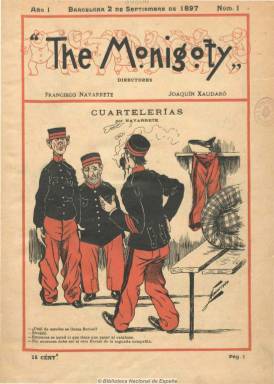
Título: The Monigoty (Barcelona)
Colección: Revistas satíricas y humorísticas
Ámbito geográfico: Barcelona
Lugar de publicación: Barcelona
Fechas: 02/09/1897-09/12/1897

Su título no corresponde a ninguna palabra inglesa, sino que se trata de una traslación caprichosa a este idioma de los términos monigote o mono con los que en el último tercio del siglo diecinueve se tildaron los dibujos que caricaturizaban personajes estereotipados de la sociedad y que iban acompañados con un pie de texto, y que dieron lugar a otros títulos de revistas humorísticas como las madrileñas Los Monigotes (1892) y Monos (1904). Se trata pues de una publicación asimismo humorística, pero considerada como la primera que dedicará sus ocho páginas por entrega (algunas lo fueron de seis páginas), estampadas a dos tintas, íntegramente a ilustraciones: historietas, chistes gráficos, caricaturas y viñetas y, por tanto, sus únicos textos serán los ocurrentes o ingeniosos que aparecen como pie de sus dibujos.

Además, está acreditada también como la revista que consolida en España el subgénero de la historieta gráfica, que ya había introducido el dibujante y pintor José Luis Pellicer (1842-1901) en el periódico El mundo cómico (Madrid: 1872-1876), y, en definitiva, es el antecedente de la también publicación barcelonesa TBO (1912) que dará origen al nuevo término del cómic para designar a este tipo de publicaciones exclusivamente ilustradas, por lo que The Monigoty es el primer tebeo que se publica regularmente en España, tal como ha referido Manuel Barrero en su trabajo publicado en 2011.

Su existencia fue corta, pues los quince números de la colección de la Biblioteca Nacional de España, aparecidos cada jueves entre el dos de septiembre y el nueve de diciembre de 1897 (año previo al Desastre del 98) son con toda probabilidad los únicos publicados. Sale de la barcelonesa Tipolitografía de Luis Tasso, siendo su administrador Rafael Vanrell. Sus directores son los dibujantes y caricaturistas Joaquín Xaudaró Echauz (1872-1933) y Francisco Navarrete Sierra. De este se sabe que colaboró en otras publicaciones y que había sido director artístico de la revista Pan y toros (Madrid: 1896-1897), y el primero, que usará el seudónimo Oraduax, se convertirá hasta su fallecimiento en el autor del chiste diario del periódico madrileño Abc (1903).

Uno y otro serán prácticamente los únicos autores de las ilustraciones que aparecen en la revista, a excepción de algún dibujo que aparece bajo la firma K.+ y Truch y los insertados en la sección Caricatura extranjera, que proceden de publicaciones de su mismo carácter, como la parisina Le Rire (1894) y la londinense Pick-me-up. Tiene otras secciones, como Caricaturas contemporáneas (de escritores, actores y políticos); Cuartelerías, dedicada al humor militar o soldadesco, que dibuja Navarrete. Publica además una Historieta muda y otra seriada o por entregas bajo el epígrafe Un viaje al Polo Norte, dibujada por Xaudaró. Éste llegaría a desarrollar un estilo propio denominado “japonismo”, del que da cuenta el libro Arte e identidades culturales (1998), mientras que el estilo de Navarrete tendrá un trazo más ampuloso, aunque siguiendo la estética de la época.

The Monigoty inaugura el tipo de publicaciones exclusivamente ilustradas, estando destinada a adultos, escrita totalmente en castellano, que practica un humor blando, alegre, pero que en algún momento se muestra atrevido al caricaturizar las relaciones conyugales. Todas las revistas citadas aquí (excepto Le Rire) pueden consultarse también en la Biblioteca Nacional de España.